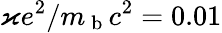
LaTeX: \varkappa e^{2}/m_{\mathrm{~b~}}c^{2}=0.01